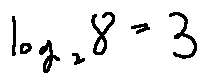
\log _ { 2 } 8 = 3